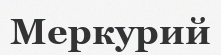
Меркурий